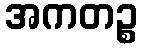
အကတဉ္စ